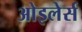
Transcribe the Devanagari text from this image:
ओइलेर्स